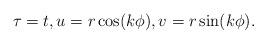
LaTeX: \begin{align*}\tau = t, u = r \cos(k\phi), v = r\sin(k\phi).\end{align*}